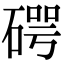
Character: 𥔲